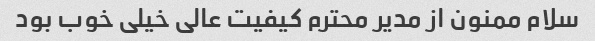
سلام ممنون از مدیر محترم کیفیت عالی خیلی خوب بود